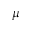
\mu